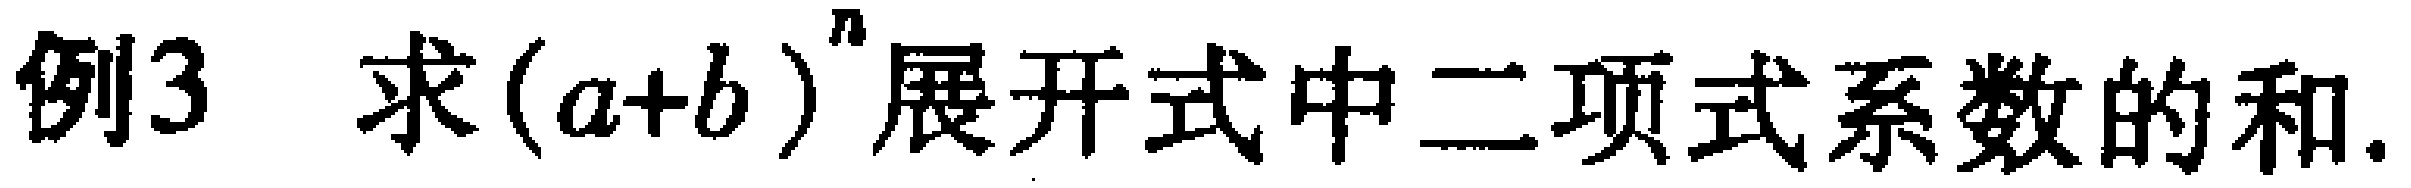
例3 求\((a + b)^n\)展开式中二项式系数的和.